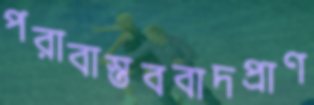
পরাবাস্তববাদপ্রাণ